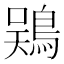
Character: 𫚾